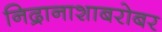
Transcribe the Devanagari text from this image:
निद्रानाशाबरोबर